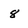
Character: 8